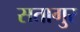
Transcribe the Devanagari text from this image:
सतागुर